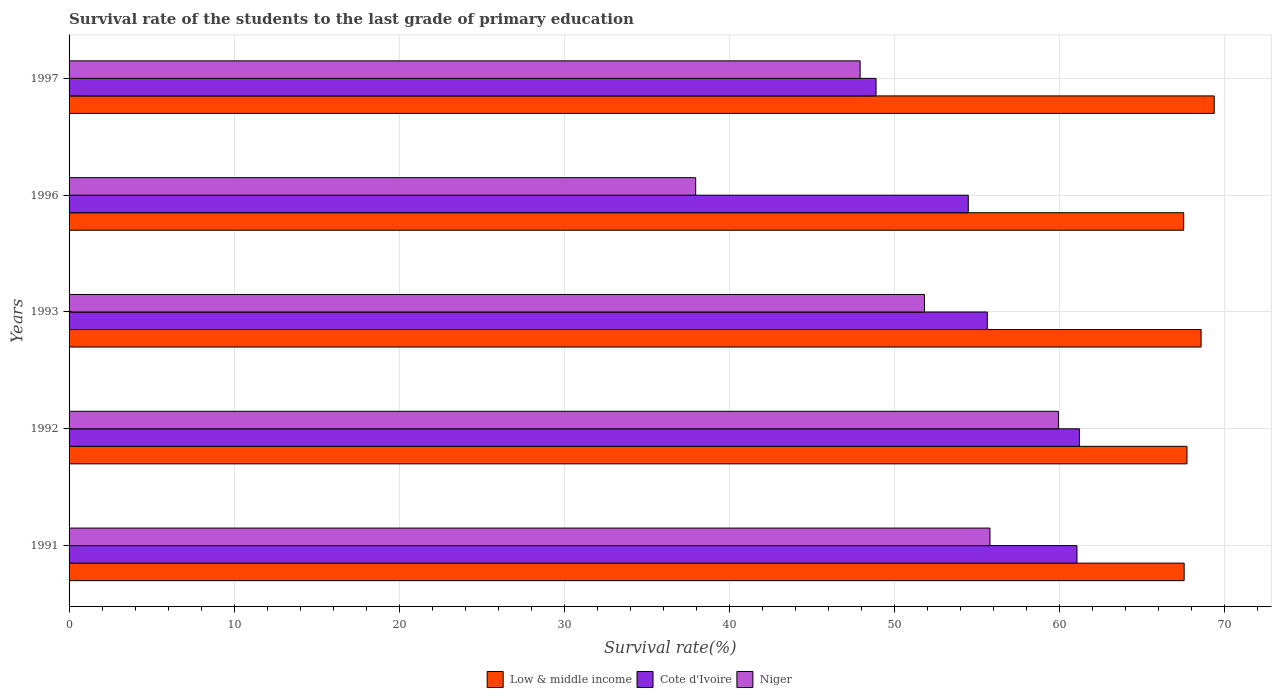
| Years | Low & middle income | Cote d'Ivoire | Niger |
 | --- | --- | --- | --- |
 | 1991 | 67.5 | 61 | 55.8 |
 | 1992 | 67.7 | 61.2 | 59.9 |
 | 1993 | 68.6 | 55.6 | 51.8 |
 | 1996 | 67.5 | 54.5 | 38 |
 | 1997 | 69.4 | 48.9 | 47.9 |